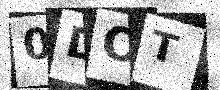
Text: 0DOT